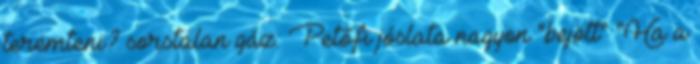
teremteni? sorstalan gáz: Petőfi jóslata nagyon "bejött" "Ha a